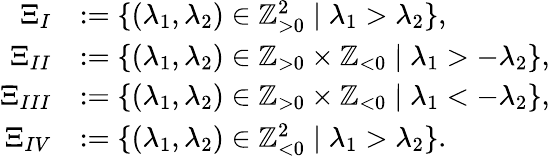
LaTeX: \begin{array}{rl}{\Xi_{I}}&{:=\{ (\lambda_{1},\lambda_{2})\in{\mathbb Z}_{>0}^{2}\mid\lambda_{1}>\lambda_{2}\} ,}\\ {\Xi_{II}}&{:=\{ (\lambda_{1},\lambda_{2})\in{\mathbb Z}_{>0}\times{\mathbb Z}_{<0}\mid\lambda_{1}>-\lambda_{2}\} ,}\\ {\Xi_{III}}&{:=\{ (\lambda_{1},\lambda_{2})\in{\mathbb Z}_{>0}\times{\mathbb Z}_{<0}\mid\lambda_{1}<-\lambda_{2}\} ,}\\ {\Xi_{IV}}&{:=\{ (\lambda_{1},\lambda_{2})\in{\mathbb Z}_{<0}^{2}\mid\lambda_{1}>\lambda_{2}\} .}\end{array}